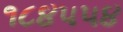
૧૮૪૫૫૪